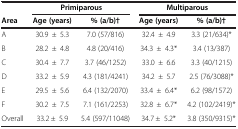
<table><thead><tr><td>[EMPTY_CELL]</td><td colspan="2"><b>Primiparous</b></td><td colspan="2"><b>Multiparous</b></td></tr><tr><td><b>Area</b></td><td><b>Age (years)</b></td><td><b>% (a/b)†</b></td><td><b>Age (years)</b></td><td><b>% (a/b)†</b></td></tr></thead><tbody><tr><td>A</td><td>30.9±5.3</td><td>7.0 (57/816)</td><td>32.4±4.9</td><td>3.3 (21/634)*</td></tr><tr><td>B</td><td>28.2±4.8</td><td>4.8 (20/416)</td><td>34.3±4.3*</td><td>3.4 (13/387)</td></tr><tr><td>C</td><td>30.4±7.7</td><td>3.7 (46/1252)</td><td>33.0±6.6</td><td>3.3 (40/1215)</td></tr><tr><td>D</td><td>33.2±5.9</td><td>4.3 (181/4241)</td><td>34.2±5.7</td><td>2.5 (76/3088)*</td></tr><tr><td>E</td><td>29.5±5.6</td><td>6.4 (132/2070)</td><td>33.4±6.4*</td><td>6.2 (98/1572)</td></tr><tr><td>F</td><td>30.2±7.5</td><td>7.1 (161/2253)</td><td>32.8±6.7*</td><td>4.2 (102/2419)*</td></tr><tr><td>Overall</td><td>33.2 ±5.9</td><td>5.4 (597/11048)</td><td>34.7 ±5.2*</td><td>3.8 (350/9315)*</td></tr></tbody></table>